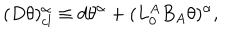
( D \theta ) _ { c l } ^ { \alpha } \equiv d \theta ^ { \alpha } + ( L _ { 0 } ^ { A } B _ { A } \theta ) ^ { \alpha } ,